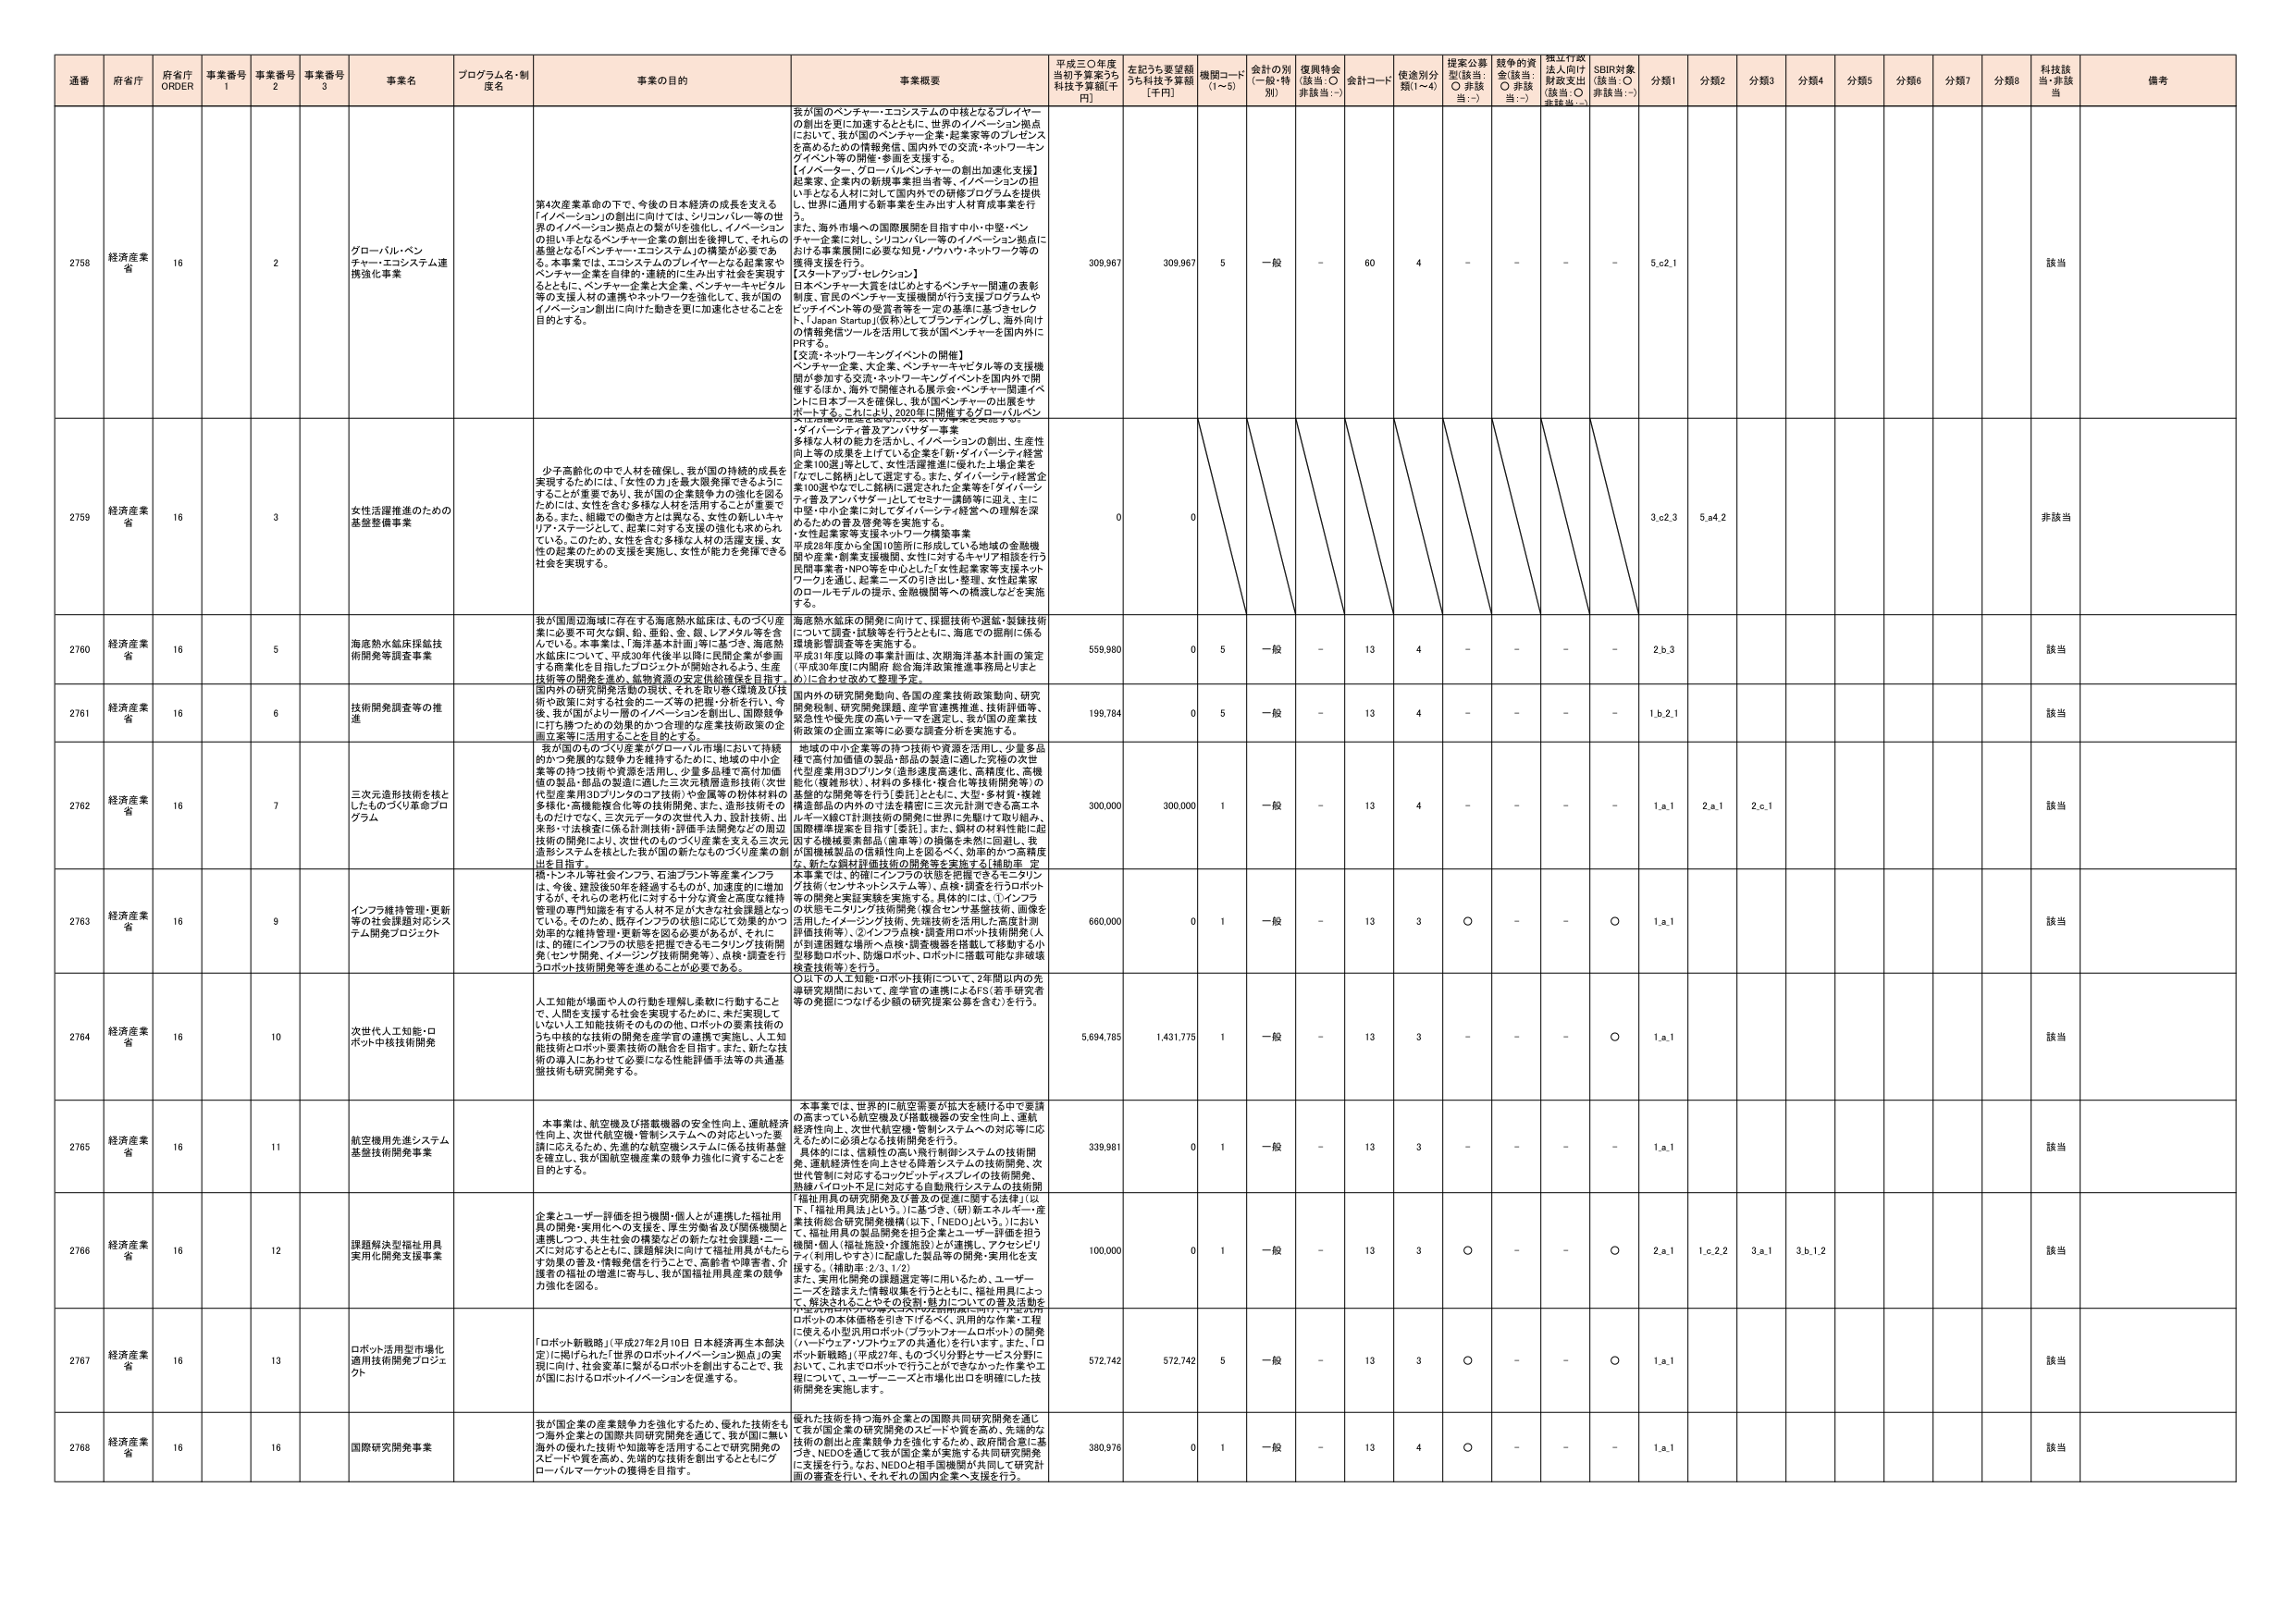
通番 府省庁 府省庁 ORDER 事業番号 1 事業番号 2 事業番号 3 事業名 プログラム名・制度名 事業の目的 事業概要 平成三〇年度当初予算案うち 科技予算額[千円] 左記うち要望額うち科技予算額 [千円] 機関コード (1~5) 会計の別 (一般・特別) 復興特会 (該当:○ 非該当:－) 会計コード 使途別分類(1~4) 提案公募型(該当: ○ 非該当:－) 競争的資金(該当: ○ 非該当:－) 振江行政法人向け財政支出 (該当:○ 非該当:－) SDBI対象 (該当:○ 非該当:－) 分類1 分類2 分類3 分類4 分類5 分類6 分類7 分類8 科技該当・非該当 備考

2758 経済産業省 16 2 グローバル・ベンチャー・エコシステム連携強化事業 第4次産業革命の下で、今後の日本経済の成長を支える「イノベーション」の創出に向けては、シリコンバレー等の世界の「イノベーション」拠点との繋がりを強化し、イノベーションの担い手となるベンチャー企業の創出を後押しして、それらの基盤となる「ベンチャー・エコシステム」の構築が必要である。本事業では、エコシステムのプレイヤーとなる起業家やベンチャー企業を自律的・連携的に生み出す社会を実現するとともに、ベンチャー企業と大企業、ベンチャーキャピタル等の支援人材の連携やネットワークを強化して、我が国のイノベーション創出に向けた動きを更に加速化させることを目的とする。 我が国のベンチャー・エコシステムの中核となるプレイヤーの創出を更に加速するとともに、世界のイノベーション拠点において、我が国のベンチャー企業・起業家等のプレゼンスを高めるための情報発信、国内外での交流・ネットワーキングイベント等の開催・参画を支援する。 【イノベーター、グローバルベンチャーの創出加速化支援】 起業家、企業内の新規事業担当者等、イノベーションの担い手となる人材に対して国内外での研修プログラムを提供し、世界に通用する新事業を生み出す人材育成事業を行う。 また、海外市場への国際展開を目指す中小・中堅・ベンチャー企業に対し、シリコンバレー等のイノベーション拠点における事業展開に必要な知見・ノウハウ・ネットワーク等の獲得支援を行う。 【スタートアップ・セレクション】 日本ベンチャー大賞をはじめとするベンチャー関連の表彰制度、官民のベンチャー支援機関が行う支援プログラムやベンチャーパートナー等の受賞者等を一定の基準に基づきセレクトし、「Japan Startup」(仮称)としてブランディングし、海外向けの情報発信ツールを活用して我が国ベンチャーを国内外にPRする。 【交流・ネットワーキングイベントの開催】 ベンチャー企業、大企業、ベンチャーキャピタル等の支援機関が参加する交流・ネットワーキングイベントを国内外で開催するほか、海外で開催される展示会・ベンチャー関連イベントに日本ブースを確保し、我が国ベンチャーの出展をサポートする。これにより、2020年に開催するグローバルベンチャー会議の推進を図りつつ、グローバル事業を実施する。 309,967 309,967 5 一般 - 60 4 - - - - 5.c2.1 該当

2759 経済産業省 16 3 女性活躍推進のための基盤整備事業 少子高齢化の中でも人材を確保し、我が国の持続的成長を実現するためには、「女性の力」を最大限発揮できるようにすることが重要であり、我が国の企業競争力の強化を図るためには、女性を含む多様な人材を活用することが重要である。また、組織での働き方は異なる、女性の新しいキャリア・ステージとして、起業に対する支援の促進も求められている。このため、女性を含む多様な人材の活躍支援、女性の起業のための支援を実施し、女性が能力を発揮できる社会を実現する。 ・ダイバーシティ普及アンバサダー事業 多様な人材の能力を活かし、イノベーションの創出、生産性向上等の成果を上げている企業を「新・ダイバーシティ経営企業100選」等として、女性活躍推進に優れた上場企業を「なじこ銘柄」として選定する。また、ダイバーシティ経営企業100選やなじこ銘柄に選定された企業等を「ダイバーシティ普及アンバサダー」としてセミナー講師等に迎え、主に中堅・中小企業に対してダイバーシティ経営への理解を深めるための普及啓発等を実施する。 ・女性起業家等支援ネットワーク構築事業 平成28年度から全国10都市に形成している地域の金融機関や産業・創業支援機関、女性に対するキャリア相談を行う民間事業者・NPO等を中心とした「女性起業家等支援ネットワーク」を通し、起業ニーズの引き出し・整理、女性起業家のロールモデルの提示、金融機関等への橋渡しなどを実施する。 0 0 3.c2.3 5.a4.2 非該当

2760 経済産業省 16 5 海底熱水鉱床採鉱技術開発等調査事業 我が国周辺海域に存在する海底熱水鉱床は、ものづくり産業に必要不可欠な銅、鉛、亜鉛、金、銀、レアメタル等を含んでいる。本事業は、「海洋基本計画」等に基づき、海底熱水鉱床について、平成30年代後半以降に民間企業が参画する商業化を目指したプロジェクトが開始されるよう、生産技術等の開発を進め、鉱物資源の安定供給確保を目指す。 国内外の研究開発活動の現状、それを取り巻く環境及び技術や政策に対する社会的ニーズ等の把握・分析を行い、今後、我が国がより一層のイノベーションを創出し、国際競争に打ち勝つための効果的かつ合理的な産業技術政策の企画立案等に活用することを目的とする。 海底熱水鉱床の開発に向けて、採掘技術や選鉱・製錬技術について調査・試験を行うとともに、海底での掘削に係る環境影響調査等を実施する。 平成31年度以降の事業計画は、次期海洋基本計画の策定（平成30年度に内閣府 総合海洋政策推進事務局とりまとめ）に合わせて改めて整理する。 559,980 0 5 一般 - 13 4 - - - - 2.b.3 該当

2761 経済産業省 16 6 技術開発調査等の推進 国内外の研究開発動向、各国の産業技術政策動向、研究開発体制、研究開発経費、産学官連携推進、技術評価等、緊急性や優先度の高いテーマを選定し、我が国の産業技術政策の企画立案等に必要な調査分析を実施する。 199,784 0 5 一般 - 13 4 - - - - 1.b.2.1 該当

2762 経済産業省 16 7 三次元造形技術を核としたものづくり革命プログラム 我が国のものづくり産業がグローバル市場において持続的かつ発展的な競争力を維持するために、地域の中小企業等の持つ技術や資源を活用し、少量多品種で高付加価値の製品・部品の製造に適した三次元積層造形技術（次世代型産業用3Dプリンタのコア技術）や金属等の粉体材料の多様化・高機能複合化等の技術開発。また、造形技術そのものだけでなく、三次元データの次世代人力、設計技術、出産形・寸法検査に係る計測技術・評価手法開発などの周辺技術の開発により、次世代のものづくり産業を支える三次元造形システムを核とした我が国の新たなものづくり産業の創出を目指す。 地域の中小企業等の持つ技術や資源を活用し、少量多品種で高付加価値の製品・部品の製造に適した究極の次世代型産業用3Dプリンタ（造形速度高速化、高精度化、高機能化（複雑形状）、材料の多様化・複合化等技術開発等）の基盤的技術開発等を行う（要旨）とともに、大型・多材質・複雑構造部品の内外の寸法を精密に三次元計測できる高エネルギーX線CT計測技術の開発に世界に先駆けて取り組み、国際標準提案を目指す（要旨）。また、鋼材の材料性能に起因する機械要素部品（歯車等）の損傷を本然に回避し、我が国機械製品の信頼性向上を図るべく、効率的かつ高精度な、新たな鋼材評価技術の開発等を実施する（補助率 定 300,000 300,000 1 一般 - 13 4 - - - - 1.a.1 2.a.1 2.c.1 該当

2763 経済産業省 16 9 インフラ等維持管理・更新等の社会課題対応システム開発プロジェクト 橋・トンネル等社会インフラ、石油プラント等産業インフラは、今後、建設後50年を経過するものが、加速度的に増加するが、それらの老朽化に対する十分な資金と高度な維持管理の専門知識を有する人材不足が大きな社会課題となっている。そのため、既存インフラの状態に応じて効果的かつ効率的な維持管理・更新等を図る必要があるが、それには、的確にインフラの状態を把握できるモニタリング技術開発（センサ開発、イメージング技術開発等）、点検・調査を行うロボット技術開発等を進めることが必要である。 本事業では、的確にインフラの状態を把握できるモニタリング技術（センサ・ロボットシステム等）、点検・調査を行うロボット等の開発と実証実験を実施する。具体的には、①インフラの状態モニタリング技術開発（複合センサ基盤技術、画像を活用したイメージング技術、先端技術を活用した高度計測評価技術等）、②インフラ点検・調査用ロボット技術開発（人が到達困難な場所へ点検・調査機器を搭載して移動する小型移動ロボット、防爆ロボット、ロボットに搭載可能な非破壊検査技術等）を行う。 〇以下的人工知能・ロボット技術について、2年間以内の先導研究期間において、産学官の連携によるFS（若手研究者等の発掘につなげる少額の研究提案公募を含む）を行う。 660,000 0 1 一般 - 13 3 ○ - - ○ 1.a.1 該当

2764 経済産業省 16 10 次世代人工知能・ロボット中核技術開発 人工知能が場面や人の行動を理解し柔軟に行動することで、人間を支援する社会を実現するために、未だ実現していない人工知能技術そのものの他、ロボットの要素技術のうち中核的な技術の開発を産学官の連携で実施し、人工知能技術とロボット要素技術の融合を目指す。また、新たな技術の導入に合わせて必要となる性能評価手法等の共通基盤技術も研究開発する。 5,694,785 1,431,775 1 一般 - 13 3 - - - ○ 1.a.1 該当

2765 経済産業省 16 11 航空機用先進システム基盤技術開発事業 本事業は、航空機及び搭載機器の安全性向上、運航経済性向上、次世代航空機・管制システムへの対応といった要請に応えるため、先進的な航空機システムに係る技術基盤を確立し、我が国航空機産業の競争力強化に資することを目的とする。 本事業では、世界的に航空需要が拡大を続ける中で要請の高まっている航空機及び搭載機器の安全性向上、運航経済性向上、次世代航空機・管制システムへの対応等に応えるために必須となる技術開発を行う。 具体的には、信頼性の高い飛行制御システムの技術開発、運航経済性を向上させる降着システムの技術開発、次世代管制に対応するコックピットディスプレイの技術開発、熱線パイロット不足に対応する自動飛行システムの技術開 339,981 0 1 一般 - 13 3 - - - - 1.a.1 該当

2766 経済産業省 16 12 課題解決型福祉用具実用化開発支援事業 企業とユーザー評価を担う機関・個人とが連携した福祉用具の開発・実用化への支援を、厚生労働省及び関係機関と連携しつつ、共生成の特徴を有するものづくりを実現し、一気に対応するとともに、課題解決に向けて福祉用具がもたらす効果の普及・情報発信を行うことで、高齢者や障害者、介護者の福祉の増進に寄与し、我が国福祉用具産業の競争力強化を図る。 「福祉用具の研究開発及び普及の促進に関する法律」（以下、「福祉用具法」という。）に基づき、「(新) 新エネルギー・産業技術総合研究所発機構」（以下、「NEDO」という。）において、福祉用具の製品開発を担う企業とユーザー評価を担う機関・個人（福祉施設・介護施設）とが連携し、アカウンテリティ（利用しやすさ）に配慮した製品等の開発・実用化を支援する。（補助率：2/1, 1/2） また、実用化開発の課題選定等に用いるため、ユーザー ニーズを踏まえた情報収集を行うとともに、福祉用具によって、解決されるべきその役割・魅力についての普及活動を 100,000 0 1 一般 - 13 3 ○ - - ○ 2.a.1 1.c.2.2 3.a.1 3.b.1.2 該当

2767 経済産業省 16 13 ロボット活用型市場化適用技術開発プロジェク ト 「ロボット新戦略」（平成27年2月10日 日本経済再生本部決定）に掲げられた「日本のロボット／イノベーション創出」の実現に向け、社会変革に繋がるロボットを創出することで、我が国におけるロボット／イノベーションを促進する。 ロボットの本体価格を引き下げるべく、汎用的な作業・工程（優先小1型汎用ロボット（プラットフォームロボット）の開発（ハードウェア／ソフトウェアの共通化）を行う。また、「ロボット新戦略」（平成27年、ものづくり分野とサービス分野において、これまでロボットで行うことができなかった作業や工程について、ユーザーニーズと市場化出口を明確にした技術開発を実施します。 572,742 572,742 5 一般 - 13 3 ○ - - ○ 1.a.1 該当

2768 経済産業省 16 16 国際研究開発事業 我が国企業の産業競争力を強化するため、優れた技術をもつ海外企業との国際共同研究開発を通じて、我が国に無い海外の優れた技術や知識等を活用することで研究開発のスピードや質を高め、先端的な技術を創出するとともにグローバルマーケットの獲得を目指す。 優れた技術を持つ海外企業との国際共同研究開発を通じて我が国企業の研究開発のスピードや質を高め、先端的な技術の創出と産業競争力を強化するため、政府間合意に基づき、NEDOを通じて我が国企業が実施する共同研究開発に支援を行う。なお、NEDOと相手国機関が共同して研究計画の審査を行い、それその国内企業へ支援を行う。 380,976 0 1 一般 - 13 4 ○ - - - 1.a.1 該当